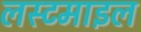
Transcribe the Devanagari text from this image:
लस्टमाइल